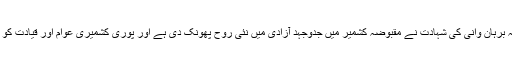
سید صلاح الدین نے کہا کہ برہان وانی کی شہادت نے مقبوضہ کشمیر میں جدوجہد آزادی میں نئی روح پھونک دی ہے اور پوری کشمیری عوام اور قیادت کو متحد اور یکجا کردیا ہے ۔